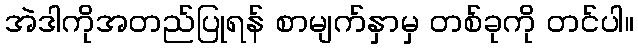
အဲဒါကိုအတည်ပြုရန် စာမျက်နှာမှ တစ်ခုကို တင်ပါ။